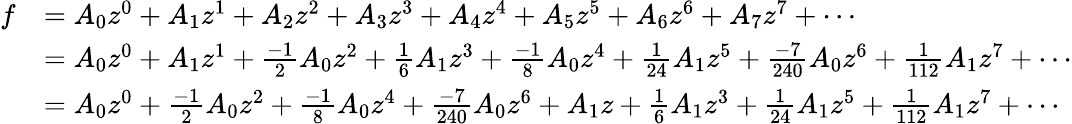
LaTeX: {\begin{array}{rl}{f}&{=A_{0}z^{0}+A_{1}z^{1}+A_{2}z^{2}+A_{3}z^{3}+A_{4}z^{4}+A_{5}z^{5}+A_{6}z^{6}+A_{7}z^{7}+\cdots}\\ &{=A_{0}z^{0}+A_{1}z^{1}+{\frac{-1}{2}}A_{0}z^{2}+{\frac{1}{6}}A_{1}z^{3}+{\frac{-1}{8}}A_{0}z^{4}+{\frac{1}{24}}A_{1}z^{5}+{\frac{-7}{240}}A_{0}z^{6}+{\frac{1}{112}}A_{1}z^{7}+\cdots}\\ &{=A_{0}z^{0}+{\frac{-1}{2}}A_{0}z^{2}+{\frac{-1}{8}}A_{0}z^{4}+{\frac{-7}{240}}A_{0}z^{6}+A_{1}z+{\frac{1}{6}}A_{1}z^{3}+{\frac{1}{24}}A_{1}z^{5}+{\frac{1}{112}}A_{1}z^{7}+\cdots}\end{array}}